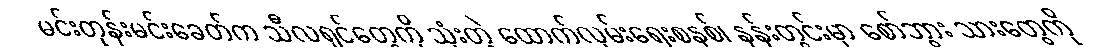
မင်းတုန်းမင်းခေတ်က သီလရှင်တွေကို သုံးတဲ့ ထောက်လှမ်းရေးစနစ်၊ နန်းတွင်းမှာ စော်ဘွား သားတွေကို